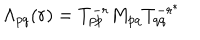
\Lambda _ { p q } ( r ) = T _ { p p } ^ { - r } M _ { p q } T _ { q q } ^ { - r ^ { * } }